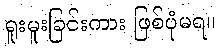
ရူးမူးခြင်းကား ဖြစ်ပုံမရ။